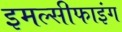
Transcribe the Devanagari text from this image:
इमल्सीफाइंग